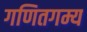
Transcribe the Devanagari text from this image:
गणितगम्य